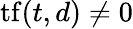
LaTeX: \mathrm{tf}(t,d)\neq 0